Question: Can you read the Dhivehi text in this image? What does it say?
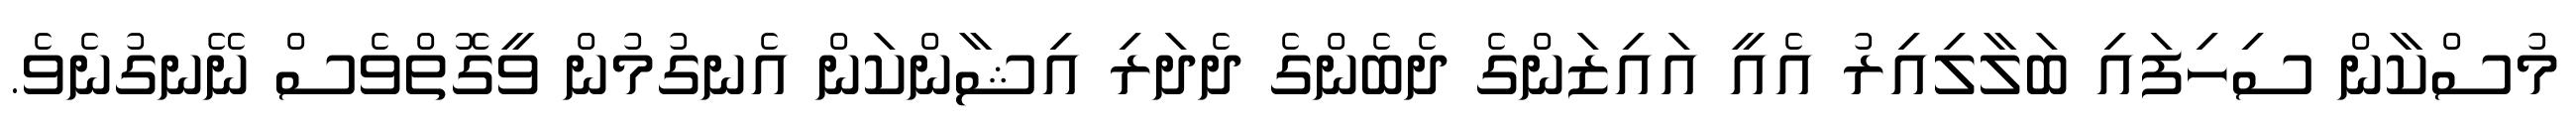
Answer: މުސްކާން ސިހިފައި ބަލާލިއިރު އެއީ އައިޒަންގެ ދެބެންގެ ދެދަރި އިޝާންކަން އެނގުމުން ވީގޮތްވެސް ނޭނގުނެވެ.